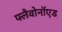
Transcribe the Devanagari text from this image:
फ्लैवोनॉएड